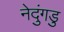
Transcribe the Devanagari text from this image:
नेदुंगडु